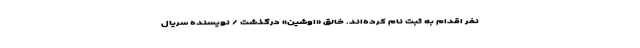
نفر اقدام به ثبت نام کرده‌اند. خالق «اوشین» درگذشت / نویسنده سریال